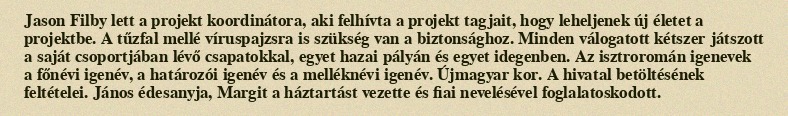
Jason Filby lett a projekt koordinátora, aki felhívta a projekt tagjait, hogy leheljenek új életet a projektbe. A tűzfal mellé víruspajzsra is szükség van a biztonsághoz. Minden válogatott kétszer játszott a saját csoportjában lévő csapatokkal, egyet hazai pályán és egyet idegenben. Az isztroromán igenevek a főnévi igenév, a határozói igenév és a melléknévi igenév. Újmagyar kor. A hivatal betöltésének feltételei. János édesanyja, Margit a háztartást vezette és fiai nevelésével foglalatoskodott.